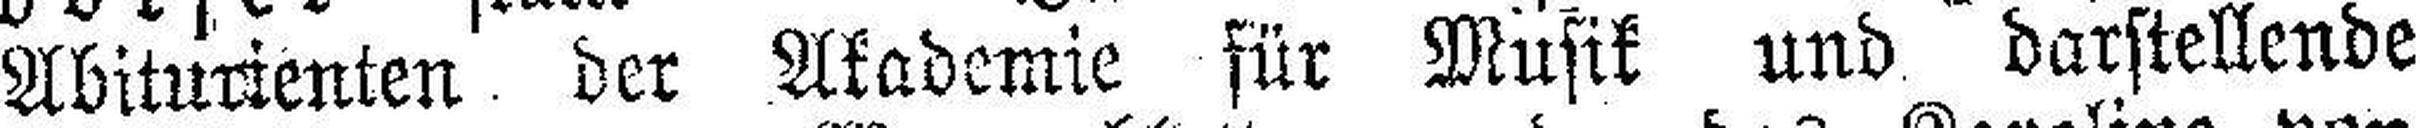
Abiturienten der Akademie für Musik und darstellende